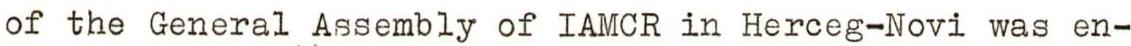
of the General Assembly of IAMCR in Herceg-Novi was en-